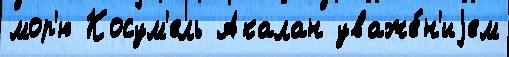
мор'ю Косум'ель Акалан уваже́н'иjем